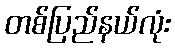
တစ်ပြည်နယ်လုံး